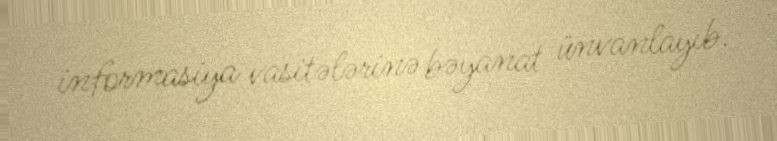
informasiya vasitələrinə bəyanat ünvanlayıb.